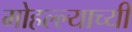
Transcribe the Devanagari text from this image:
मोहल्ल्याच्यी